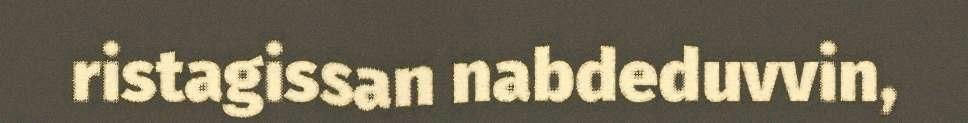
ristagissan nabdeduvvin,